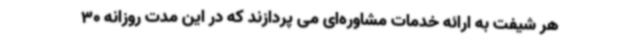
هر شیفت به ارائه خدمات مشاوره‌ای می پردازند که در این مدت روزانه 30